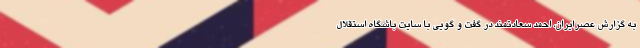
به گزارش عصرایران، احمد سعادتمند در گفت و گویی با سایت باشگاه استقلال